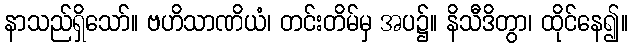
နာသည်ရှိသော်။ ဗဟိသာဏိယံ၊ တင်းတိမ်မှ အပ၌။ နိသီဒိတွာ၊ ထိုင်နေ၍။